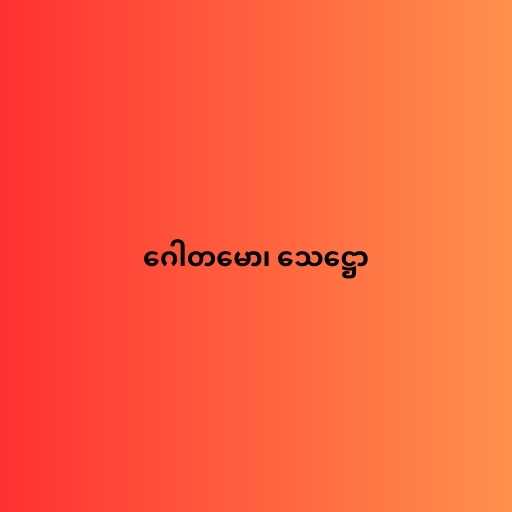
ဂေါတမော၊ သေဋ္ဌော